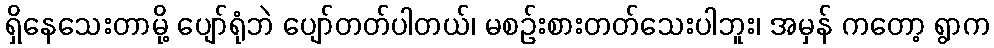
ရှိနေသေးတာမို့ ပျော်ရုံဘဲ ပျော်တတ်ပါတယ်၊ မစဉ်းစားတတ်သေးပါဘူး၊ အမှန် ကတော့ ရွာက